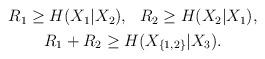
LaTeX: \begin{align*}\begin{gathered}R_1 \ge H(X_1 | X_2), \ \ R_2 \ge H(X_2|X_1), \\R_1+R_2 \ge H(X_{\{1,2\}}|X_3).\end{gathered}\end{align*}